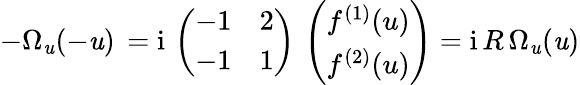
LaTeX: -\Omega_{\mathit{u}}(-\mathit{u})\, =\mathrm{{i}}\, \left(\begin{array}{ll}{{-1}}&{{2}}\\ {{-1}}&{{1}}\end{array}\right)\, \left(\begin{array}{l}{{f^{(1)}(u)}}\\ {{f^{(2)}(u)}}\end{array}\right)=\mathrm{{i}}\, R\, \Omega_{\mathit{u}}(\mathit{u})